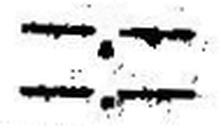
—.—